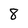
Character: 8